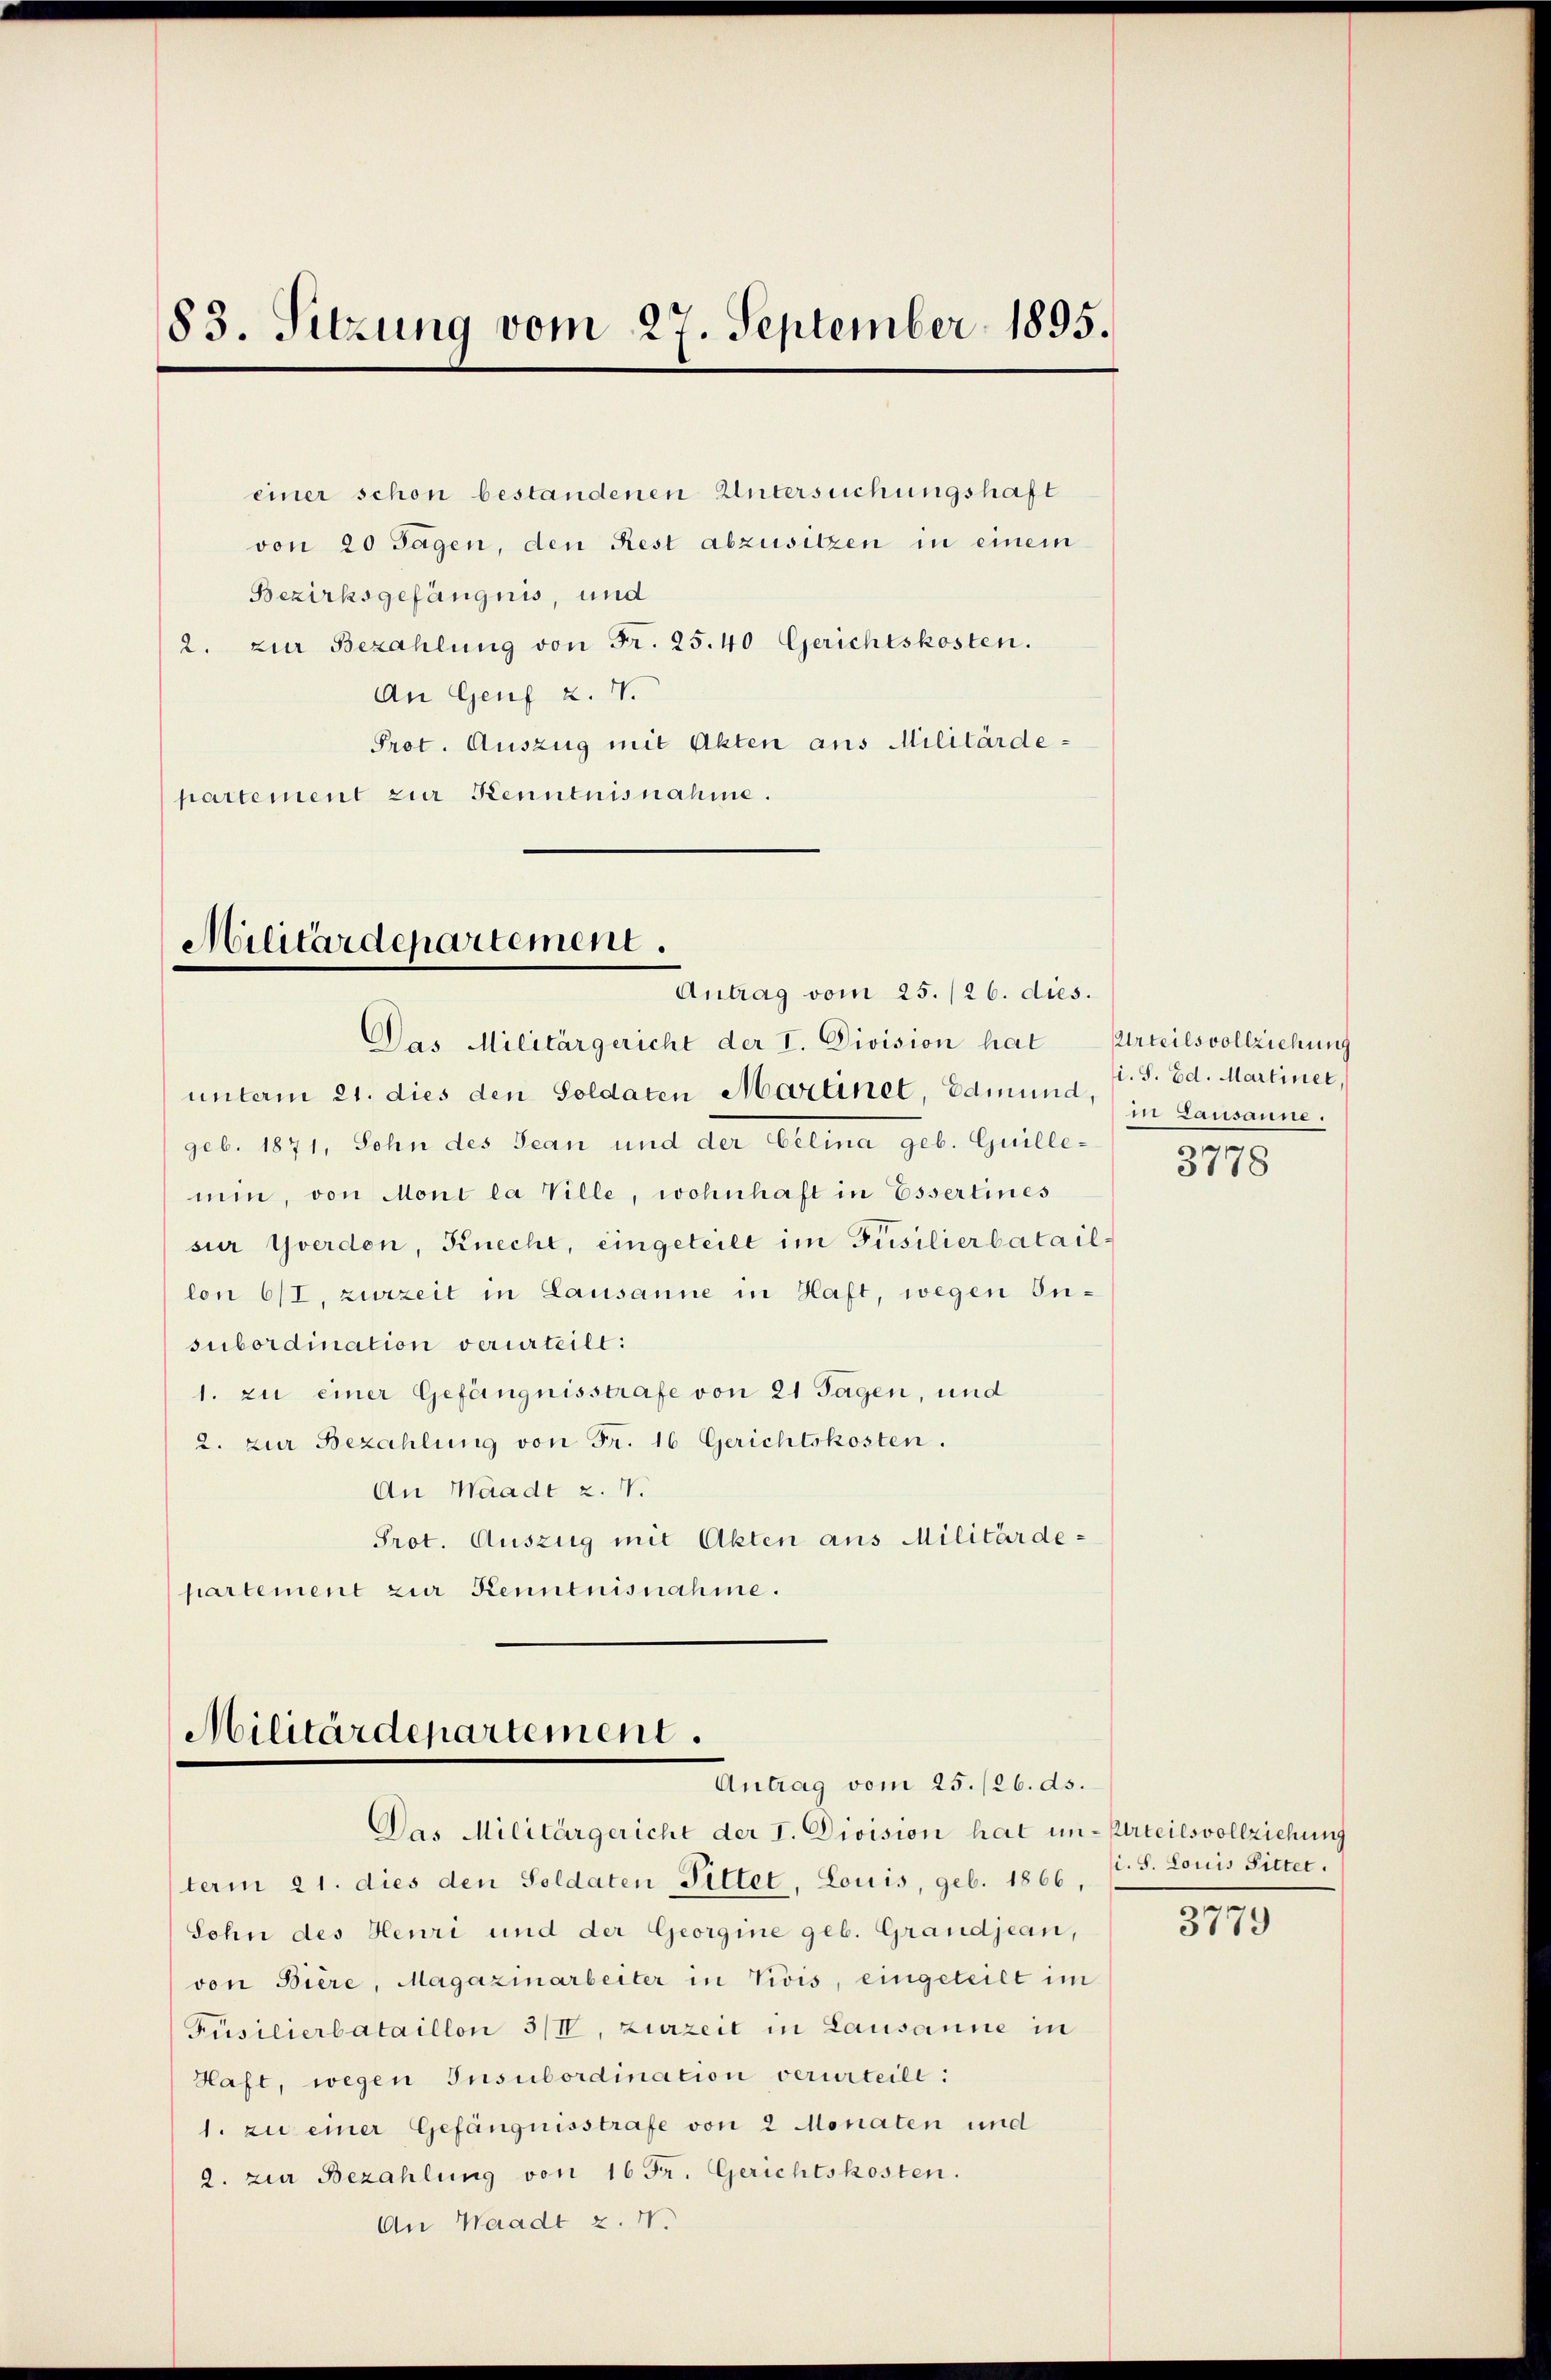
83. Sitzung vom 27. September 1895.

einer schon bestandenen Untersuchungshaft
von 20 Tagen, den Rest abzusitzen in einem
Bezirksgefängnis, und
2. zur Bezahlung von Fr. 25.40 Gerichtskosten.
An Genf 2. IV.
Prot. Auszug mit Akten aus Militärde-
partement zur Kenntnisnahme.

Militärdepartement.
Antrag vom 25. /26. dies.

Militärdepartement.
Antrag vom 25. /26. ds.

Das Militärgericht der I. Division hat
unt am 21. dies den Soldaten Martinet, Edmund, in Lausanne.
geb. 1871, Sohn des Jean und der Celina geb. Guillemin, von Mont la Ville, wohnhaft in Esserlines
sur Yverdon, Knecht, eingeteilt im Füsilierbataillon 6/I, zurzeit in Lausanne in Haft, wegen Insubordination verurteilt:
1. zu einer Gefängnisstrafe von 21 Tagen, und
2. zur Bezahlung von Fr. 16 Gerichtskosten.
An Waadt z. V.
Prot. Auszug mit Akten aus Militärdepartement zur Kenntnisnahme.

Das Militärgericht der I. Division hat un- Urteilsvollziehung
term 21. dies den Soldaten Fittet, Louis, geb. 1866,
Sohn des Heuri und der Georgine geb. Grandjean,
von Biere, Magazinarbeiter in Vivis, eingeteilt im
Püsilierbataillon 3/IV, zurzeit in Lausanne in
Haft, wegen Insubordination verurteile:
1. zu einer Gefängnisstrafe von 2 Monaten und
2. zur Bezahlung von 16 Fr. Gerichtskosten.
An Waadt z. I.

Urteilsvollziehung
i. S. Ed. Martiner,

3778

i. S. Louis Pitter.

3779